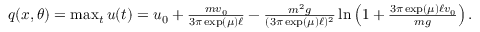
\begin{array} { r } { q ( x , \theta ) = \operatorname* { m a x } _ { t } u ( t ) = u _ { 0 } + \frac { m v _ { 0 } } { 3 \pi \exp ( \mu ) \ell } - \frac { m ^ { 2 } g } { ( 3 \pi \exp ( \mu ) \ell ) ^ { 2 } } \ln \left( 1 + \frac { 3 \pi \exp ( \mu ) \ell v _ { 0 } } { m g } \right) . } \end{array}